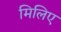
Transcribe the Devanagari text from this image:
मिलिए